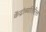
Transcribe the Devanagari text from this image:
केंद्रांव्यतिरिक्त